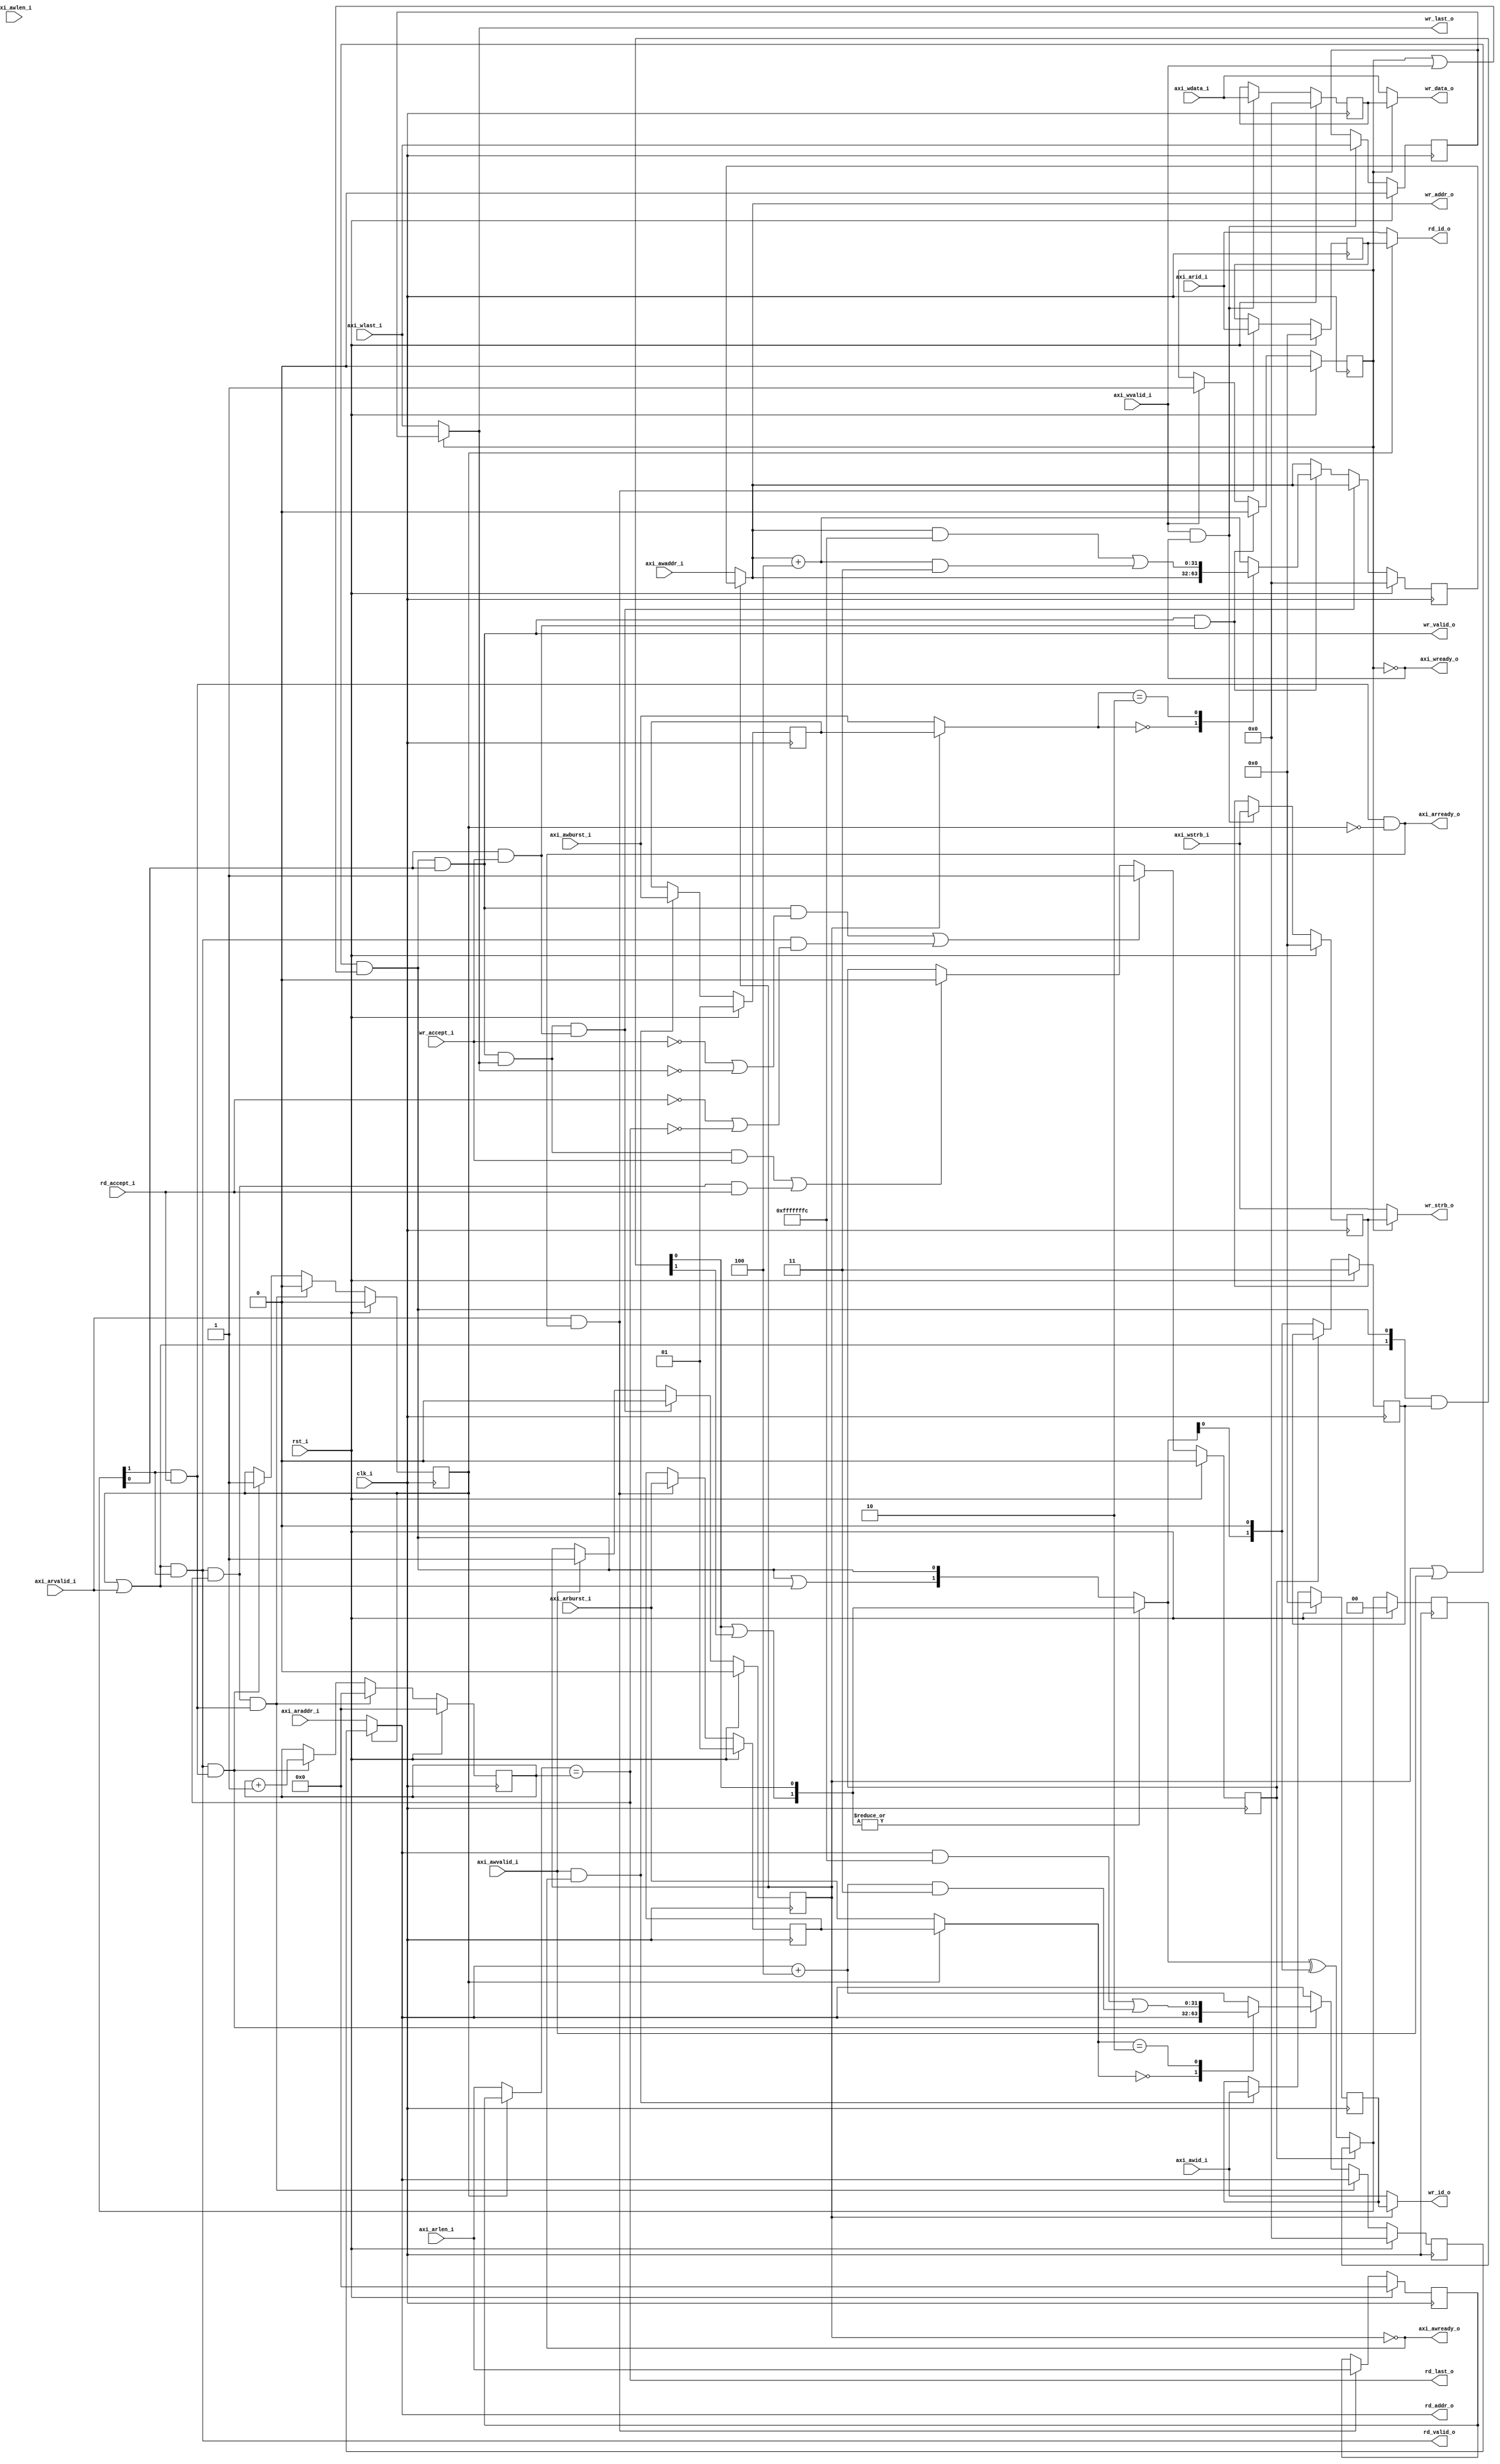
//-----------------------------------------------------------------
// Copyright (c) 2021, admin@ultra-embedded.com
// All rights reserved.
// 
// Redistribution and use in source and binary forms, with or without
// modification, are permitted provided that the following conditions 
// are met:
//   - Redistributions of source code must retain the above copyright
//     notice, this list of conditions and the following disclaimer.
//   - Redistributions in binary form must reproduce the above copyright
//     notice, this list of conditions and the following disclaimer 
//     in the documentation and/or other materials provided with the 
//     distribution.
//   - Neither the name of the author nor the names of its contributors 
//     may be used to endorse or promote products derived from this 
//     software without specific prior written permission.
// 
// THIS SOFTWARE IS PROVIDED BY THE COPYRIGHT HOLDERS AND CONTRIBUTORS 
// "AS IS" AND ANY EXPRESS OR IMPLIED WARRANTIES, INCLUDING, BUT NOT 
// LIMITED TO, THE IMPLIED WARRANTIES OF MERCHANTABILITY AND FITNESS FOR 
// A PARTICULAR PURPOSE ARE DISCLAIMED. IN NO EVENT SHALL THE AUTHOR BE 
// LIABLE FOR ANY DIRECT, INDIRECT, INCIDENTAL, SPECIAL, EXEMPLARY, OR 
// CONSEQUENTIAL DAMAGES (INCLUDING, BUT NOT LIMITED TO, PROCUREMENT OF 
// SUBSTITUTE GOODS OR SERVICES; LOSS OF USE, DATA, OR PROFITS; OR 
// BUSINESS INTERRUPTION) HOWEVER CAUSED AND ON ANY THEORY OF 
// LIABILITY, WHETHER IN CONTRACT, STRICT LIABILITY, OR TORT
// (INCLUDING NEGLIGENCE OR OTHERWISE) ARISING IN ANY WAY OUT OF 
// THE USE OF THIS SOFTWARE, EVEN IF ADVISED OF THE POSSIBILITY OF 
// SUCH DAMAGE.
//-----------------------------------------------------------------
module l2_cache_axi_input
//-----------------------------------------------------------------
// Params
//-----------------------------------------------------------------
#(
     parameter DATA_W = 32
    ,parameter STRB_W = 4
    ,parameter ID_W   = 4
    ,parameter RW_ARB = 1  // Arbitrate between reads and writes
)
//-----------------------------------------------------------------
// Ports
//-----------------------------------------------------------------
(
     input                clk_i
    ,input                rst_i

    // AXI
    ,input                axi_awvalid_i
    ,input  [ 31:0]       axi_awaddr_i
    ,input  [ID_W-1:0]    axi_awid_i
    ,input  [  7:0]       axi_awlen_i
    ,input  [  1:0]       axi_awburst_i
    ,input                axi_wvalid_i
    ,input  [DATA_W-1:0]  axi_wdata_i
    ,input  [STRB_W-1:0]  axi_wstrb_i
    ,input                axi_wlast_i
    ,input                axi_arvalid_i
    ,input  [ 31:0]       axi_araddr_i
    ,input  [ID_W-1:0]    axi_arid_i
    ,input  [  7:0]       axi_arlen_i
    ,input  [  1:0]       axi_arburst_i
    ,output               axi_awready_o
    ,output               axi_wready_o
    ,output               axi_arready_o

    // Write
    ,output               wr_valid_o
    ,input                wr_accept_i
    ,output [ 31:0]       wr_addr_o
    ,output [ID_W-1:0]    wr_id_o
    ,output [DATA_W-1:0]  wr_data_o
    ,output [STRB_W-1:0]  wr_strb_o
    ,output               wr_last_o

    // Read
    ,output               rd_valid_o
    ,input                rd_accept_i
    ,output [ 31:0]       rd_addr_o
    ,output [ID_W-1:0]    rd_id_o
    ,output               rd_last_o
);

//-----------------------------------------------------------------
// ffs: Find first set (2 input)
//-----------------------------------------------------------------
function [1:0] ffs;
    input [1:0] request;
begin
    ffs[0] = request[0];
    ffs[1] = ffs[0] | request[1];
end
endfunction

//-----------------------------------------------------------------
// Arbitration (optional)
//-----------------------------------------------------------------
wire rd_enable_w;
wire rd_request_w;
wire wr_enable_w;
wire wr_request_w;

generate
if (RW_ARB)
begin
    reg hold_q;

    // Hold the arbitration if in the middle of a burst transfer
    // or if the transfer is not accepted.
    always @ (posedge clk_i )
    if (rst_i)
        hold_q <= 1'b0;
    else if ((wr_valid_o && (!wr_accept_i || !wr_last_o)) || 
             (rd_valid_o && (!rd_accept_i || !rd_last_o)))
        hold_q <= 1'b1;
    else if ((wr_valid_o && wr_last_o && wr_accept_i) ||
             (rd_valid_o && rd_last_o && rd_accept_i))
        hold_q <= 1'b0;

    wire [1:0] request_w = {rd_request_w, wr_request_w};

    wire [1:0] req_ffs_masked_w;
    wire [1:0] req_ffs_unmasked_w;
    wire [1:0] req_ffs_w;

    reg  [1:0] mask_next_q;
    reg  [1:0] grant_last_q;
    wire [1:0] grant_new_w;
    wire [1:0] grant_w;

    assign req_ffs_masked_w   = ffs(request_w & mask_next_q);
    assign req_ffs_unmasked_w = ffs(request_w);

    assign req_ffs_w = (|req_ffs_masked_w) ? req_ffs_masked_w : req_ffs_unmasked_w;

    always @ (posedge clk_i )
    if (rst_i)
    begin
        mask_next_q  <= {2{1'b1}};
        grant_last_q <= 2'b0;
    end
    else
    begin
        if (~hold_q)
            mask_next_q <= {req_ffs_w[0:0], 1'b0};
        
        grant_last_q <= grant_w;
    end

    assign grant_new_w = req_ffs_w ^ {req_ffs_w[0:0], 1'b0};
    assign grant_w     = hold_q ? grant_last_q : grant_new_w;

    assign {rd_enable_w, wr_enable_w} = grant_w;
end
else
begin
    assign rd_enable_w = 1'b1;
    assign wr_enable_w = 1'b1;
end
endgenerate

wire rd_accept_w = rd_enable_w & rd_accept_i;
wire wr_accept_w = wr_enable_w & wr_accept_i;

//-----------------------------------------------------------------
// Write address skid buffer
//-----------------------------------------------------------------
reg             awvalid_q;
reg [31:0]      awaddr_q;
reg [1:0]       awburst_q;
reg [7:0]       awlen_q;
reg [ID_W-1:0]  awid_q;

wire            awvalid_w = awvalid_q | axi_awvalid_i;
wire [31:0]     awaddr_w  = awvalid_q ? awaddr_q  : axi_awaddr_i;
wire [1:0]      awburst_w = awvalid_q ? awburst_q : axi_awburst_i;
wire [7:0]      awlen_w   = awvalid_q ? awlen_q   : axi_awlen_i;
wire [ID_W-1:0] awid_w    = awvalid_q ? awid_q    : axi_awid_i;

reg [31:0]      awaddr_r;

always @ *
begin
    awaddr_r = awaddr_w;

    // Last / single
    if (wr_valid_o && wr_last_o && wr_accept_w)
        awaddr_r = awaddr_w;
    // Middle of burst
    else if (wr_valid_o && wr_accept_w)
    begin
        case (awburst_w)
        2'd0: // FIXED
            awaddr_r = awaddr_w;
        2'd2: // WRAP
            awaddr_r = (awaddr_w & ~((DATA_W/8)-1)) | ((awaddr_w + (DATA_W/8)) & ((DATA_W/8)-1));
        default: // INCR
            awaddr_r = awaddr_w + (DATA_W/8);
        endcase
    end
end

always @ (posedge clk_i )
if (rst_i)
    awaddr_q <= 32'b0;
else
    awaddr_q <= awaddr_r;

always @ (posedge clk_i )
if (rst_i)
    awburst_q <= 2'b01;
else if (axi_awvalid_i && axi_awready_o)
    awburst_q <= axi_awburst_i;

always @ (posedge clk_i )
if (rst_i)
    awlen_q <= 8'b0;
else if (axi_awvalid_i && axi_awready_o)
    awlen_q <= axi_awlen_i;

always @ (posedge clk_i )
if (rst_i)
    awid_q <= {ID_W{1'b0}};
else if (axi_awvalid_i && axi_awready_o)
    awid_q <= axi_awid_i;

always @ (posedge clk_i )
if (rst_i)
    awvalid_q <= 1'b0;
else if (wr_valid_o && wr_last_o && wr_accept_w)
    awvalid_q <= 1'b0;
else if (axi_awvalid_i)
    awvalid_q <= 1'b1;

assign axi_awready_o = ~awvalid_q;

//-----------------------------------------------------------------
// Write data skid buffer
//-----------------------------------------------------------------
reg               wvalid_q;
reg [DATA_W-1:0]  wdata_q;
reg [STRB_W-1:0]  wstrb_q;
reg               wlast_q;

wire              wvalid_w = wvalid_q | axi_wvalid_i;
wire [DATA_W-1:0] wdata_w  = wvalid_q ? wdata_q : axi_wdata_i;
wire [STRB_W-1:0] wstrb_w  = wvalid_q ? wstrb_q : axi_wstrb_i;
wire              wlast_w  = wvalid_q ? wlast_q : axi_wlast_i;

always @ (posedge clk_i )
if (rst_i)
    wdata_q <= {DATA_W{1'b0}};
else if (axi_wvalid_i && axi_wready_o)
    wdata_q <= axi_wdata_i;

always @ (posedge clk_i )
if (rst_i)
    wstrb_q <= {STRB_W{1'b0}};
else if (axi_wvalid_i && axi_wready_o)
    wstrb_q <= axi_wstrb_i;

always @ (posedge clk_i )
if (rst_i)
    wlast_q <= 1'b0;
else if (axi_wvalid_i && axi_wready_o)
    wlast_q <= axi_wlast_i;

always @ (posedge clk_i )
if (rst_i)
    wvalid_q <= 1'b0;
else if (wr_valid_o && wr_accept_w)
    wvalid_q <= 1'b0;
else if (axi_wvalid_i)
    wvalid_q <= 1'b1;

assign axi_wready_o = ~wvalid_q;

//-----------------------------------------------------------------
// Write Output
//-----------------------------------------------------------------
assign wr_request_w = awvalid_w & wvalid_w; 
assign wr_valid_o   = wr_request_w & wr_enable_w;
assign wr_addr_o    = awaddr_w;
assign wr_id_o      = awid_w;
assign wr_data_o    = wdata_w;
assign wr_strb_o    = wstrb_w;
assign wr_last_o    = wlast_w;

//-----------------------------------------------------------------
// Read address skid buffer
//-----------------------------------------------------------------
reg             arvalid_q;
reg [31:0]      araddr_q;
reg [1:0]       arburst_q;
reg [7:0]       arlen_q;
reg [ID_W-1:0]  arid_q;

wire            arvalid_w = arvalid_q | axi_arvalid_i;
wire [31:0]     araddr_w  = arvalid_q ? araddr_q  : axi_araddr_i;
wire [1:0]      arburst_w = arvalid_q ? arburst_q : axi_arburst_i;
wire [7:0]      arlen_w   = arvalid_q ? arlen_q   : axi_arlen_i;
wire [ID_W-1:0] arid_w    = arvalid_q ? arid_q    : axi_arid_i;

reg [31:0]      araddr_r;

always @ *
begin
    araddr_r = araddr_w;

    // Last / single
    if (rd_valid_o && rd_last_o && rd_accept_w)
        araddr_r = araddr_w;
    // Middle of burst
    else if (rd_valid_o && rd_accept_w)
    begin
        case (arburst_w)
        2'd0: // FIXED
            araddr_r = araddr_w;
        2'd2: // WRAP
            araddr_r = (araddr_w & ~((DATA_W/8)-1)) | ((araddr_w + (DATA_W/8)) & ((DATA_W/8)-1));
        default: // INCR
            araddr_r = araddr_w + (DATA_W/8);
        endcase
    end
end

always @ (posedge clk_i )
if (rst_i)
    araddr_q <= 32'b0;
else
    araddr_q <= araddr_r;

always @ (posedge clk_i )
if (rst_i)
    arburst_q <= 2'b01;
else if (axi_arvalid_i && axi_arready_o)
    arburst_q <= axi_arburst_i;

always @ (posedge clk_i )
if (rst_i)
    arlen_q <= 8'b0;
else if (axi_arvalid_i && axi_arready_o)
    arlen_q <= axi_arlen_i;

always @ (posedge clk_i )
if (rst_i)
    arid_q <= {ID_W{1'b0}};
else if (axi_arvalid_i && axi_arready_o)
    arid_q <= axi_arid_i;

always @ (posedge clk_i )
if (rst_i)
    arvalid_q <= 1'b0;
else if (rd_valid_o && rd_last_o && rd_accept_w)
    arvalid_q <= 1'b0;
else if (rd_valid_o && rd_accept_w)
    arvalid_q <= 1'b1;

assign axi_arready_o = rd_accept_w & ~arvalid_q;

//-----------------------------------------------------------------
// Read burst tracking
//-----------------------------------------------------------------
reg [7:0] rd_idx_q;

always @ (posedge clk_i )
if (rst_i)
    rd_idx_q <= 8'b0;
else if (rd_valid_o && rd_last_o && rd_accept_w)
    rd_idx_q <= 8'b0;
else if (rd_valid_o && rd_accept_w)
    rd_idx_q <= rd_idx_q + 8'd1;

//-----------------------------------------------------------------
// Read Output
//-----------------------------------------------------------------
assign rd_request_w = arvalid_w;
assign rd_valid_o   = rd_request_w & rd_enable_w;
assign rd_addr_o    = araddr_w;
assign rd_id_o      = arid_w;
assign rd_last_o    = arlen_w == rd_idx_q;

endmodule